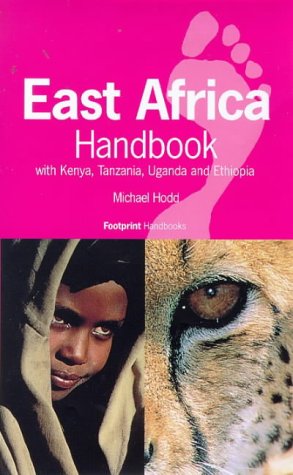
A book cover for East Africa Handbook: With Kenya, Tanzania, Uganda and Ethiopia (Footprint East Africa Handbook); Michael Hodd; Travel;